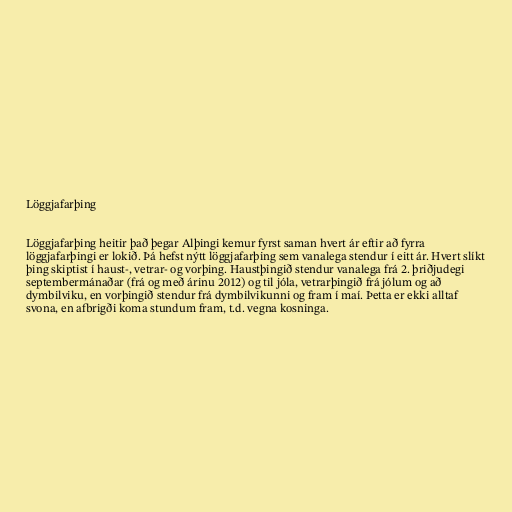
Löggjafarþing

Löggjafarþing heitir það þegar Alþingi kemur fyrst saman hvert ár eftir að fyrra
löggjafarþingi er lokið. Þá hefst nýtt löggjafarþing sem vanalega stendur í eitt ár. Hvert slíkt
þing skiptist í haust-, vetrar- og vorþing. Haustþingið stendur vanalega frá 2. þriðjudegi
septembermánaðar (frá og með árinu 2012) og til jóla, vetrarþingið frá jólum og að
dymbilviku, en vorþingið stendur frá dymbilvikunni og fram í maí. Þetta er ekki alltaf
svona, en afbrigði koma stundum fram, t.d. vegna kosninga.